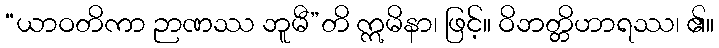
“ယာဝတိကာ ဉာဏဿ ဘူမီ”တိ ဣမိနာ၊ ဖြင့်။ ဝိဘတ္တိဟာရဿ၊ ၏။